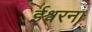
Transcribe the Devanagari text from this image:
ईश्वरना